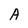
Character: A